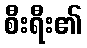
စီးရီး၏